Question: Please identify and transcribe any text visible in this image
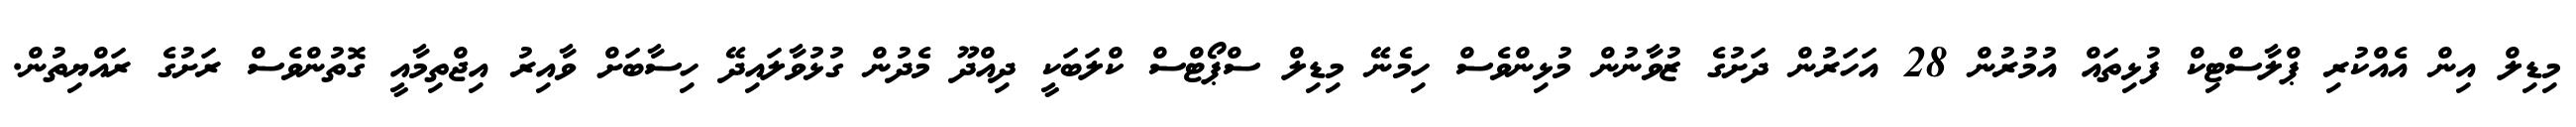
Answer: މިޑިލް އިން އެއްކުރި ޕްލާސްޓިކް ފުޅިތައް އުމުރުން 28 އަހަރުން ދަށުގެ ޒުވާނުން މުޅިންވެސް ހިމެނޭ މިޑިލް ސްޕޯޓްސް ކްލަބަކީ ދިއްދޫ މެދުން ގުޅުވާލައިދޭ ހިސާބަށް ވާއިރު އިޖްތިމާއީ ގޮތުންވެސް ރަށުގެ ރައްޔިތުން.